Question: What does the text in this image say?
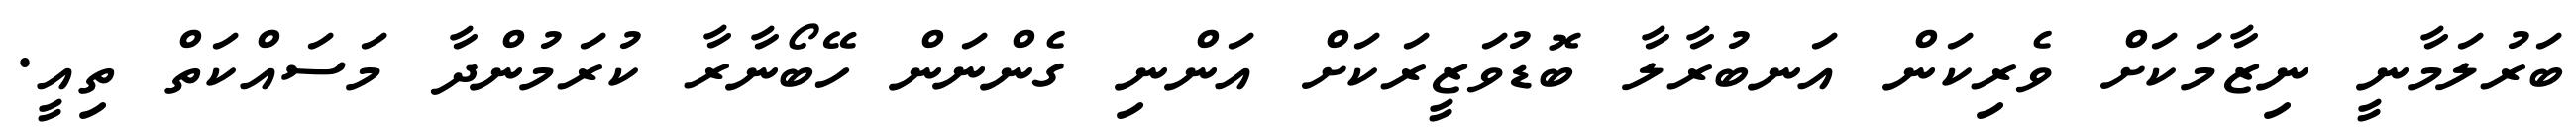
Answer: ބަރުލަމާނީ ނިޒާމަކަށް ވެރިކަން އަނބުރާލާ ބޮޑުވަޒީރަކަށް އަންނި ގެންނަން ހޭބޯނާރާ ކުރަމުންދާ މަސައްކަތް ތިއީ.